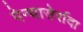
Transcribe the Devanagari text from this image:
पेन्यासेर्रादा